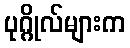
ပုဂ္ဂိုလ်များက